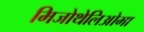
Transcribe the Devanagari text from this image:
मिजोथेलिओमा